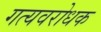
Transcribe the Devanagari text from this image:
गत्यवरोधक